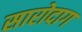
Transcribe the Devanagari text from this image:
सारोदाग